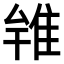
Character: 𨾰